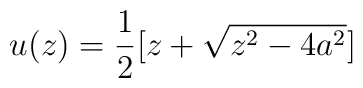
u(z) = {1\over{2}}[ z + \sqrt{z^{2} -4a^{2}} ]